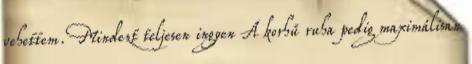
vehettem. Mindezt teljesen ingyen A korhű ruha pedig maximálisan